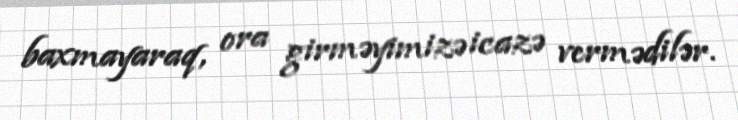
baxmayaraq, ora girməyimizə icazə vermədilər.